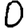
Digit: 0